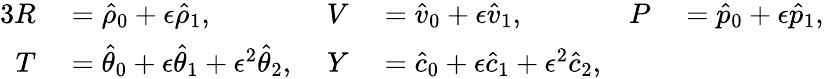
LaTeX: \begin{array}{rlrlrl}{{3}R}&{{}=\hat{\rho}_{0}+\epsilon\hat{\rho}_{1},}&{V}&{{}=\hat{v}_{0}+\epsilon\hat{v}_{1},\; }&{P}&{{}=\hat{p}_{0}+\epsilon\hat{p}_{1},}\\ {T}&{{}=\hat{\theta}_{0}+\epsilon\hat{\theta}_{1}+\epsilon^{2}\hat{\theta}_{2},\; }&{Y}&{{}=\hat{c}_{0}+\epsilon\hat{c}_{1}+\epsilon^{2}\hat{c}_{2},}&{}&{{}}\end{array}